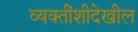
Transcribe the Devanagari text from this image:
व्यक्तींशीदेखील